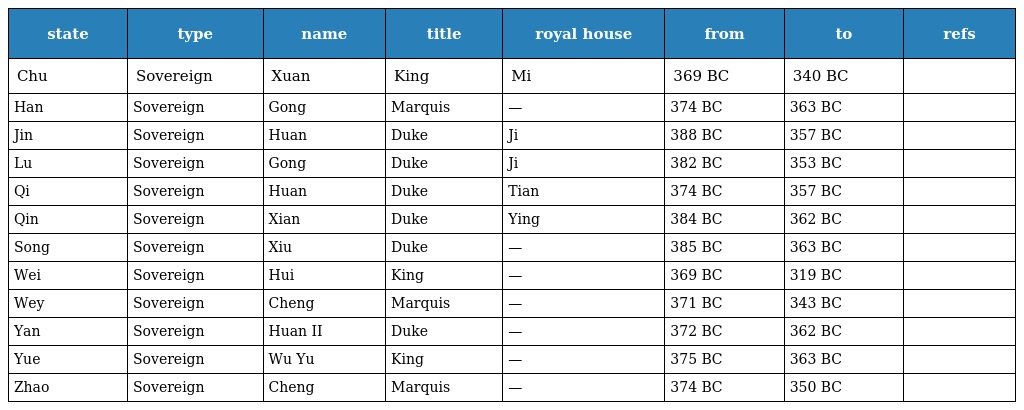
| state | type | name | title | royal house | from | to | refs |
 | --- | --- | --- | --- | --- | --- | --- | --- |
 | Chu | Sovereign | Xuan | King | Mi | 369 BC | 340 BC |  |
 | Han | Sovereign | Gong | Marquis | — | 374 BC | 363 BC |  |
 | Jin | Sovereign | Huan | Duke | Ji | 388 BC | 357 BC |  |
 | Lu | Sovereign | Gong | Duke | Ji | 382 BC | 353 BC |  |
 | Qi | Sovereign | Huan | Duke | Tian | 374 BC | 357 BC |  |
 | Qin | Sovereign | Xian | Duke | Ying | 384 BC | 362 BC |  |
 | Song | Sovereign | Xiu | Duke | — | 385 BC | 363 BC |  |
 | Wei | Sovereign | Hui | King | — | 369 BC | 319 BC |  |
 | Wey | Sovereign | Cheng | Marquis | — | 371 BC | 343 BC |  |
 | Yan | Sovereign | Huan II | Duke | — | 372 BC | 362 BC |  |
 | Yue | Sovereign | Wu Yu | King | — | 375 BC | 363 BC |  |
 | Zhao | Sovereign | Cheng | Marquis | — | 374 BC | 350 BC |  |